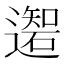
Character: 𲆄